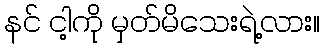
နင် ငါ့ကို မှတ်မိသေးရဲ့လား။